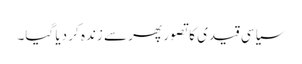
سیاسی قیدی کا تصور پھر سے زندہ کر دیا گیا۔